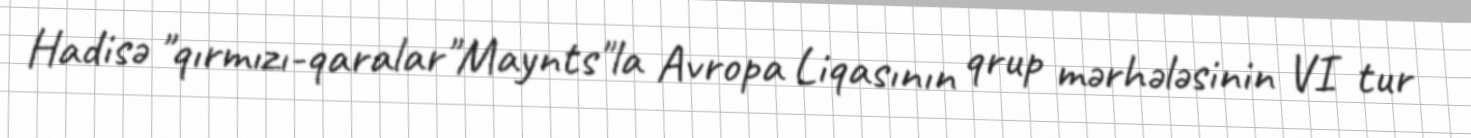
Hadisə "qırmızı-qaralar"Maynts"la Avropa Liqasının qrup mərhələsinin VI tur